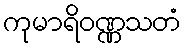
ကုမာရိဝဏ္ဏသတံ